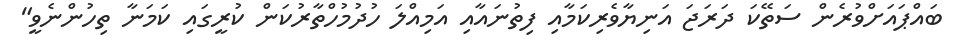
ބައްޕައަށްވުރެން ސަތޭކަ ދަރަޖަ އަނިޔާވެރިކަމާއި ފިތުނައާއި އަމިއްލަ ހުދުމުހްތާރުކަން ކުރީގައި ކަމަނާ ތިހުންނެވީ"